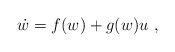
LaTeX: \begin{align*}\dot w=f(w)+g(w)u\ ,\end{align*}